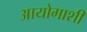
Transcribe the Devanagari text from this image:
आयोगाशी